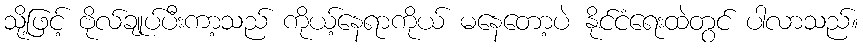
သို့ဖြင့် ဗိုလ်ချုပ်ပီးကာ့သည် ကိုယ့်နေရာကိုယ် မနေတော့ပဲ နိုင်ငံရေးထဲတွင် ပါလာသည်။